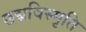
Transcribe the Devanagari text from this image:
छद्मविस्मृति